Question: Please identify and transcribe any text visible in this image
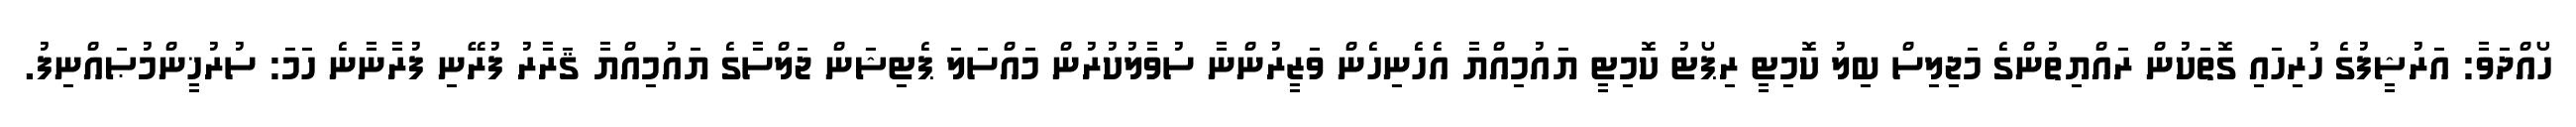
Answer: ހޯއްދަވާ: އަރުޝީފުގެ ހުރިހައި ގޮތަކުން ރައްޔިތުންގެ މަޖިލިސް ބިލު ކޮމިޓީ ރިޕޯޓު ކޮމިޓީ ޔައުމިއްޔާ އެހެނިހެން ވަޒީރުންނާ ސުވާލުކުރުން މައްސަލަ ޕެޓިޝަން ޖަލްސާގެ ޔައުމިއްޔާ ޤަރާރު ފުރޭނި ފުރާނާނެ ހަމަ: ސުރުޚީންމުޞައްނިފު.